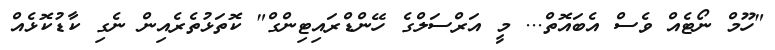
"ހޫމް ނޯޓެއް ވެސް އެބައޮތް... މީ އަރްސަލްގެ ހޭންޑްރައިޓިންގް" ކޮތަޅުތެރެއިން ނެގި ކާޑުކޮޅެއް